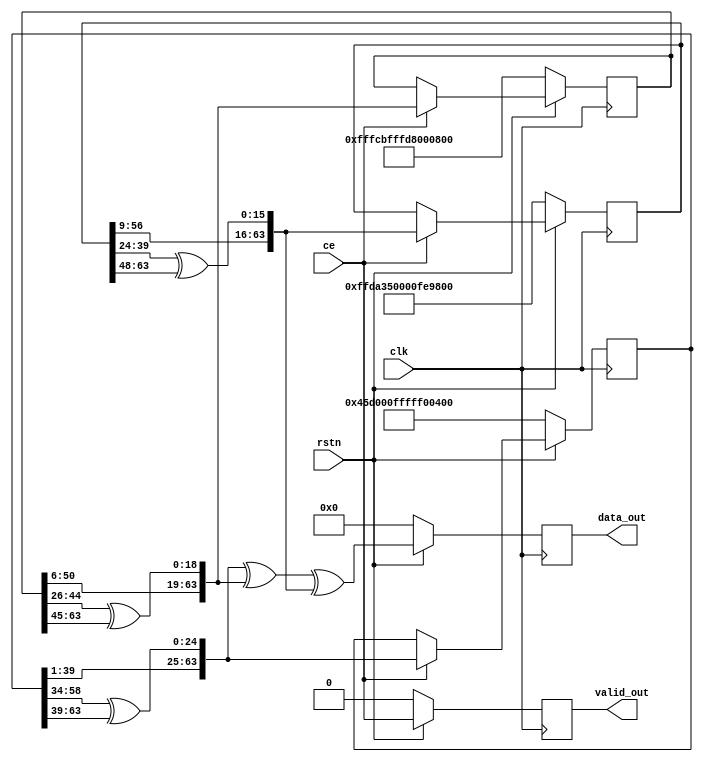
/** @module : gaussian_ctg.v
 *  @author : Secure Trusted and Assured Microelectronics (STAM) Center

 *  Copyright (c) 2023 PQC.Secure (STAM/SCAI/ASU)
 *  Permission is hereby granted, free of charge, to any person obtaining a copy
 *  of this software and associated documentation files (the "Software"), to deal
 *  in the Software without restriction, including without limitation the rights
 *  to use, copy, modify, merge, publish, distribute, sublicense, and/or sell
 *  copies of the Software, and to permit persons to whom the Software is
 *  furnished to do so, subject to the following conditions:
 *  The above copyright notice and this permission notice shall be included in
 *  all copies or substantial portions of the Software.

 *  THE SOFTWARE IS PROVIDED "AS IS", WITHOUT WARRANTY OF ANY KIND, EXPRESS OR
 *  IMPLIED, INCLUDING BUT NOT LIMITED TO THE WARRANTIES OF MERCHANTABILITY,
 *  FITNESS FOR A PARTICULAR PURPOSE AND NONINFRINGEMENT. IN NO EVENT SHALL THE
 *  AUTHORS OR COPYRIGHT HOLDERS BE LIABLE FOR ANY CLAIM, DAMAGES OR OTHER
 *  LIABILITY, WHETHER IN AN ACTION OF CONTRACT, TORT OR OTHERWISE, ARISING FROM,
 *  OUT OF OR IN CONNECTION WITH THE SOFTWARE OR THE USE OR OTHER DEALINGS IN
 *  THE SOFTWARE.
 */

`timescale 1 ns / 1 ps


module gaussian_ctg #(
    parameter INIT_Z1 = 64'd5030521883283424767,
    parameter INIT_Z2 = 64'd18445829279364155008,
    parameter INIT_Z3 = 64'd18436106298727503359
)
(
    // System signals
    input clk,                    // system clock
    input rstn,                   // system synchronous reset, active low

    // Data interface
    input ce,                     // clock enable
    output reg valid_out,         // output data valid
    output reg [63:0] data_out    // output data
);

// Local variables
reg [63:0] z1, z2, z3;
wire [63:0] z1_next, z2_next, z3_next;


// Update state
assign z1_next = {z1[39:1], z1[58:34] ^ z1[63:39]};
assign z2_next = {z2[50:6], z2[44:26] ^ z2[63:45]};
assign z3_next = {z3[56:9], z3[39:24] ^ z3[63:48]};

always @ (posedge clk) begin
    if (!rstn) begin
        z1 <= INIT_Z1;
        z2 <= INIT_Z2;
        z3 <= INIT_Z3;
    end
    else if (ce) begin
        z1 <= z1_next;
        z2 <= z2_next;
        z3 <= z3_next;
    end
end


// Output data
always @ (posedge clk) begin
    if (!rstn)
        valid_out <= 1'b0;
    else
        valid_out <= ce;
end

always @ (posedge clk) begin
    if (!rstn)
        data_out <= 64'd0;
    else
        data_out <= z1_next ^ z2_next ^ z3_next;
end


endmodule